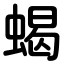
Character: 蝎